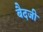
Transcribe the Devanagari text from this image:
बैदजी